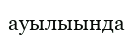
ауылыында